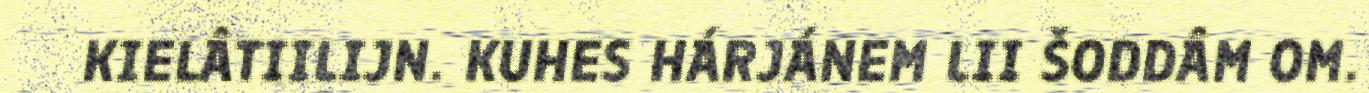
KIELÂTIILIJN. KUHES HÁRJÁNEM LII ŠODDÂM OM.